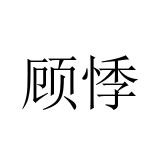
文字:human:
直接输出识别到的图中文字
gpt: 顾悸